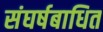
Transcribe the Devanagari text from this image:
संघर्षबाधित